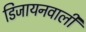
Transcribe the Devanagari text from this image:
डिजायनवाली